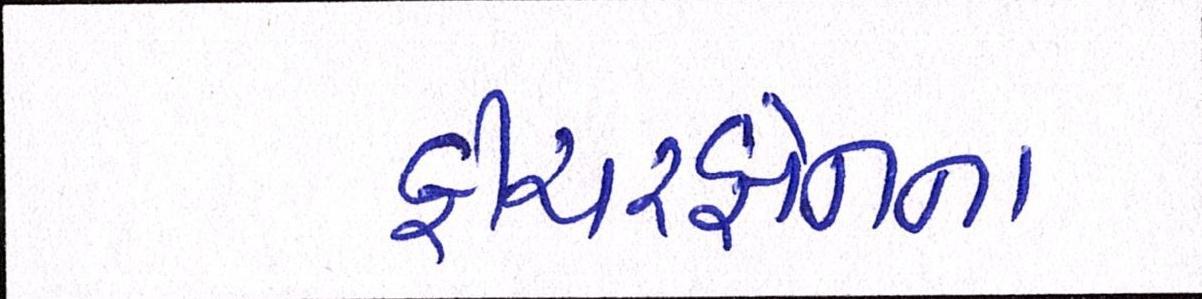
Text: ફીચરફોનના